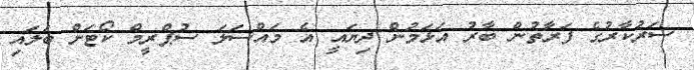
ސަރުކާރުގެ ފަރާތުން ބާރު އަޅަމުން ދިޔައީ އެ މައްސަލަ ސުޕްރީމް ކޯޓަށް ބަލައި